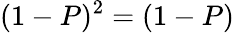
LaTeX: (1-P)^{2}=(1-P)